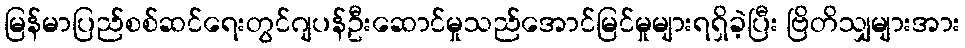
မြန်မာပြည်စစ်ဆင်ရေးတွင်ဂျပန်ဦးဆောင်မှုသည်အောင်မြင်မှုများရရှိခဲ့ပြီး ဗြိတိသျှများအား